Insane asylums Bombay 1873-77 - 1873-1877
Year: 1873
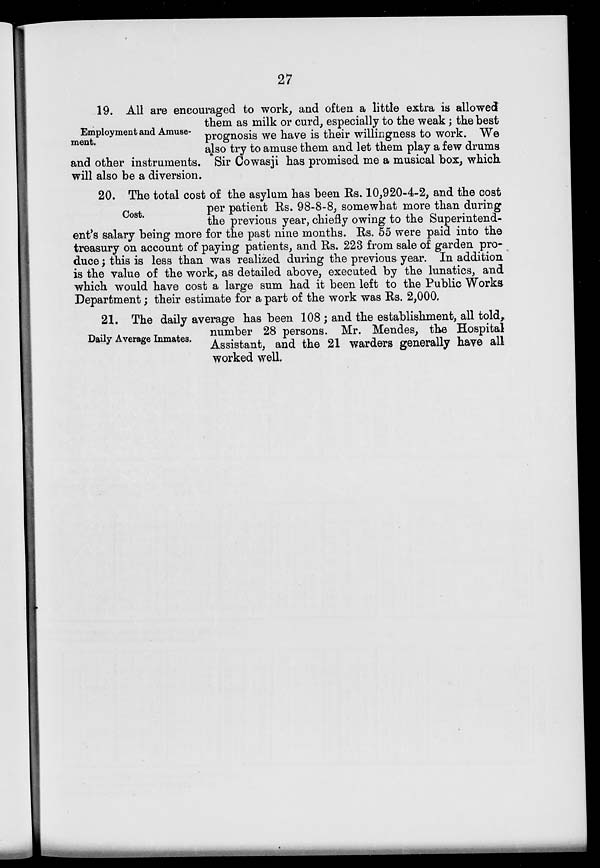
27
Employment and Amuse-
ment.
19. All are encouraged to work, and often a little extra is allowed
them as milk or curd, especially to the weak; the best
prognosis we have is their willingness to work. We
also try to amuse them and let them play a few drums
and other instruments. Sir Cowasji has promised me a musical box, which
will also be a diversion.
Cost.
20. The total cost of the asylum has been Rs. 10,920-4-2, and the cost
per patient Rs. 98-8-8, somewhat more than during
the previous year, chiefly owing to the Superintend-
ent's salary being more for the past nine months. Rs. 55 were paid into the
treasury on account of paying patients, and Rs. 223 from sale of garden pro-
duce ; this is less than was realized during the previous year. In addition
is the value of the work, as detailed above, executed by the lunatics, and
which would have cost a large sum had it been left to the Public Works
Department; their estimate for a part of the work was Rs. 2,000.
Daily Average Inmates.
21. The daily average has been 108 ; and the establishment, all told,
number 28 persons. Mr. Mendes, the Hospital
Assistant, and the 21 warders generally have all
worked well.